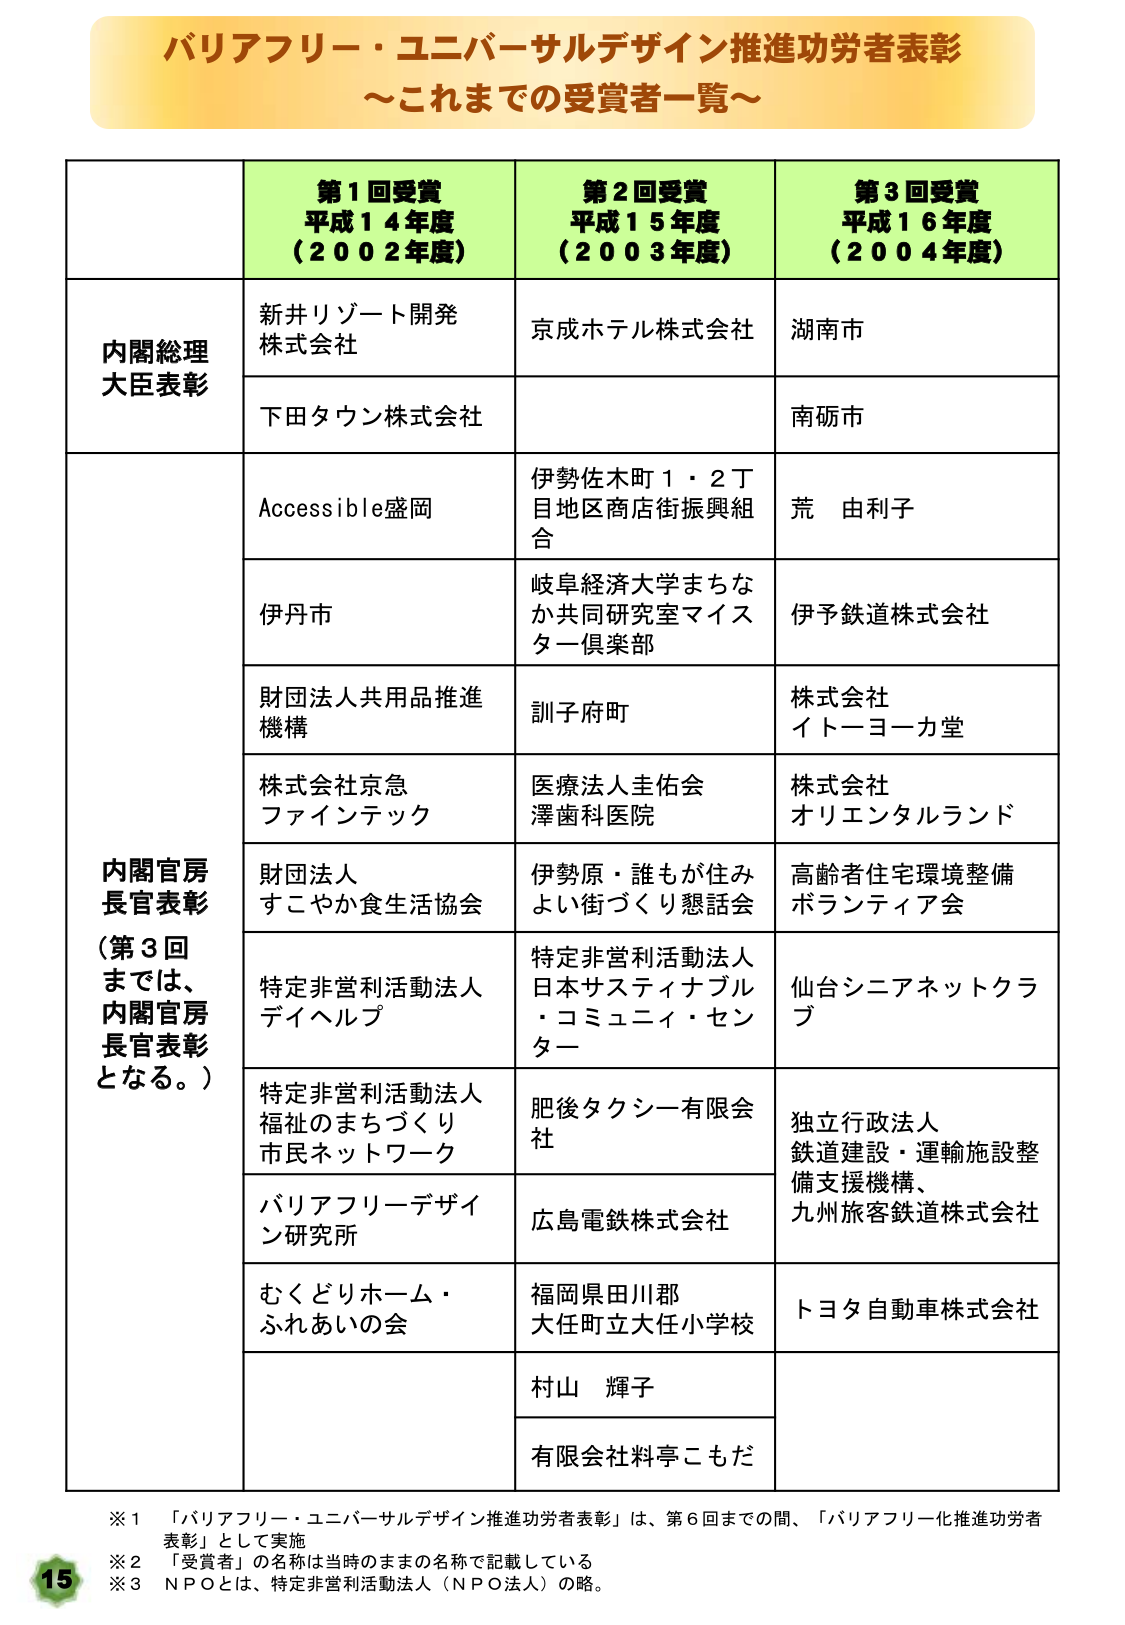
バリアフリー・ユニバーサルデザイン推進功労者表彰
～これまでの受賞者一覧～

第1回受賞
平成14年度
（2002年度）

第2回受賞
平成15年度
（2003年度）

第3回受賞
平成16年度
（2004年度）

内閣総理大臣表彰
新井リゾート開発株式会社
下田タウン株式会社
京成ホテル株式会社
湖 南市
南砺市

内閣官房長官表彰
（第3回までは、内閣官房長官表彰となる。）
Accessible盛岡
伊丹市
財団法人共用品推進機構
株式会社京急ファインテック
財団法人すこやか食生活協会
特定非営利活動法人デイヘルプ
特定非営利活動法人福祉のまちづくり市民ネットワーク
バリアフリーデザイン研究所
むくどりホーム・ふれあいの会
伊勢佐木町1・2丁目地区商店街振興組合
岐阜経済大学まちなか共同研究室マイスター倶楽部
訓子府町
医療法人主佑会澤歯科医院
伊勢原・誰もが住みよい街づくり懇話会
特定非営利活動法人日本サスティナブル・コミュニィ・センター
肥後タクシー有限会社
広島電鉄株式会社
福岡県田川郡大任町立大任小学校
村山 輝子
有限会社料亭こもだ
荒 由利子
伊予鉄道株式会社
株式会社イトーヨーカ堂
株式会社オリエンタルランド
高齢者住宅環境整備ボランティア会
仙台シニアネットクラブ
独立行政法人鉄道建設・運輸施設整備支援機構、九州旅客鉄道株式会社
トヨタ自動車株式会社

※1 「バリアフリー・ユニバーサルデザイン推進功労者表彰」は、第6回までの間、「バリアフリー化推進功労者表彰」として実施
※2 「受賞者」の名称は当時のままの名称で記載している
※3 ＮＰＯとは、特定非営利活動法人（ＮＰＯ法人）の略。

15